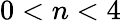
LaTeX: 0<n<4